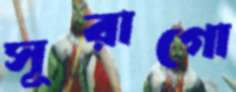
সূরাগো